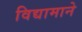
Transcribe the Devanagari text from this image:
विद्यामाने